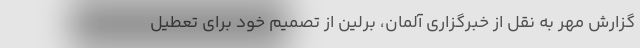
گزارش مهر به نقل از خبرگزاری آلمان، برلین از تصمیم خود برای تعطیل